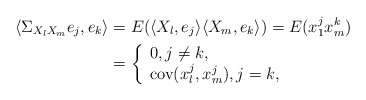
\begin{align*}\langle \Sigma _{X_l X_m} e_j, e_k \rangle &= E ( \langle X_l , e_j \rangle \langle X_m , e_k \rangle) = E (x_1^j x_m^k) \\& = \left\{\begin{array}{lll}0, j\neq k,\\\mbox{cov} (x_l^j,x_m^j), j=k,\end{array}\right.\end{align*}